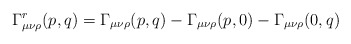
\begin{align*}\Gamma^r_{\mu \nu \rho}(p,q)= \Gamma_{\mu \nu \rho}(p,q)-\Gamma_{\mu \nu \rho}(p,0)-\Gamma_{\mu \nu \rho}(0,q)\end{align*}